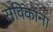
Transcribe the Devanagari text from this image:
सेविकांना